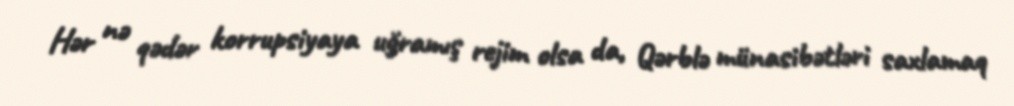
Hər nə qədər korrupsiyaya uğramış rejim olsa da, Qərblə münasibətləri saxlamaq